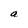
Character: a